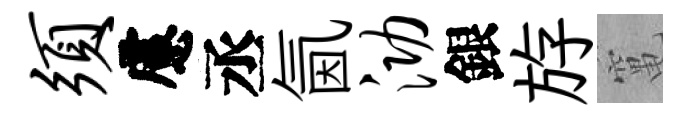
须慮丞氤泐銀斿𥧄